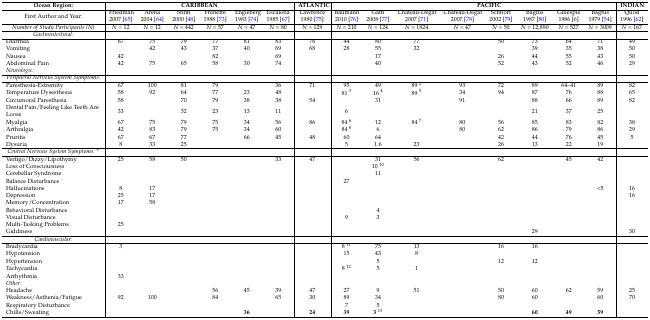
<table><thead><tr><td><b>Ocean Region:</b></td><td colspan="6"><b>CARIBBEAN</b></td><td><b>ATLANTIC</b></td><td></td><td colspan="7"><b>PACIFIC</b></td><td><b>INDIAN</b></td></tr></thead><tbody><tr><td>First Author and Year:</td><td>Friedman 2007 [65]</td><td>Arena 2004 [64]</td><td>Stinn 2000 [48]</td><td>Frenette 1988 [73]</td><td>Engleberg 1983 [74]</td><td>Escalona 1985 [67]</td><td>Lawrence 1980 [75]</td><td>Baumann 2010 [76]</td><td>Gatti 2008 [77]</td><td>Chateau-Degat 2007 [71]</td><td>Chateau-Degat 2007 [78]</td><td>Schnorf 2002 [79]</td><td>Bagnis 1987 [80]</td><td>Gillespie 1986 [6]</td><td>Bagnis 1979 [54]</td><td>Quod 1996 [62]</td></tr><tr><td><i>Number of Study Participants (N)</i></td><td><i>N</i> = 12</td><td><i>N</i> = 12</td><td><i>N</i> = 442</td><td><i>N</i> = 57</td><td><i>N</i> = 47</td><td><i>N</i> = 80</td><td><i>N</i> = 129</td><td><i>N</i> = 210</td><td><i>N</i> = 124</td><td><i>N</i> = 1824</td><td><i>N</i> = 47</td><td><i>N</i> = 50</td><td><i>N</i> = 12,890</td><td><i>N</i> = 527</td><td><i>N</i> = 3009</td><td><i>N</i> = 167</td></tr><tr><td><i>Gastrointestinal:</i></td><td></td><td></td><td></td><td></td><td></td><td></td><td></td><td></td><td></td><td></td><td></td><td></td><td></td><td></td><td></td><td></td></tr><tr><td>Diarrhea</td><td>67</td><td>75</td><td>79</td><td>77</td><td>81</td><td>83</td><td>76</td><td>44</td><td>80</td><td>77</td><td></td><td>50</td><td>73</td><td>64</td><td>71</td><td>49</td></tr><tr><td>Vomiting</td><td></td><td>42</td><td>43</td><td>37</td><td>40</td><td>69</td><td>68</td><td>28</td><td>55</td><td>32</td><td></td><td></td><td>39</td><td>35</td><td>38</td><td>50</td></tr><tr><td>Nausea</td><td>42</td><td></td><td></td><td>82</td><td></td><td>69</td><td></td><td></td><td>17</td><td></td><td></td><td>26</td><td>44</td><td>55</td><td>43</td><td>50</td></tr><tr><td>Abdominal Pain</td><td>42</td><td>75</td><td>65</td><td>58</td><td>30</td><td>74</td><td></td><td></td><td>40</td><td></td><td></td><td>52</td><td>43</td><td>52</td><td>46</td><td>29</td></tr><tr><td><i>Neurologic:</i></td><td></td><td></td><td></td><td></td><td></td><td></td><td></td><td></td><td></td><td></td><td></td><td></td><td></td><td></td><td></td><td></td></tr><tr><td><i>Peripheral Nervous System Symptoms:</i></td><td></td><td></td><td></td><td></td><td></td><td></td><td></td><td></td><td></td><td></td><td></td><td></td><td></td><td></td><td></td><td></td></tr><tr><td>Paresthesia-Extremity</td><td>67</td><td>100</td><td>81</td><td>79</td><td></td><td>36</td><td>71</td><td>95</td><td>49</td><td>89 <sup>2</sup></td><td>93</td><td>72</td><td>89</td><td>64–41</td><td>89</td><td>82</td></tr><tr><td>Temperature Dysesthesia</td><td>58</td><td>92</td><td>64</td><td>77</td><td>23</td><td>48</td><td></td><td>81 <sup>3</sup></td><td>16 <sup>4</sup></td><td>89 <sup>5</sup></td><td>34</td><td>94</td><td>87</td><td>76</td><td>88</td><td>65</td></tr><tr><td>Circumoral Paresthesia</td><td>58</td><td></td><td>70</td><td>79</td><td>38</td><td>38</td><td>54</td><td></td><td>31</td><td></td><td>91</td><td></td><td>88</td><td>66</td><td>89</td><td>82</td></tr><tr><td>Dental Pain/Feeling Like Teeth Are Loose</td><td>33</td><td></td><td>32</td><td>23</td><td>13</td><td>11</td><td></td><td>6</td><td></td><td></td><td></td><td></td><td>21</td><td>37</td><td>25</td><td></td></tr><tr><td>Myalgia</td><td>67</td><td>75</td><td>79</td><td>75</td><td>34</td><td>56</td><td>86</td><td>84 <sup>6</sup></td><td>12</td><td>84 <sup>7</sup></td><td>80</td><td>56</td><td>85</td><td>83</td><td>82</td><td>38</td></tr><tr><td>Arthralgia</td><td>42</td><td>83</td><td>79</td><td>75</td><td>34</td><td>60</td><td></td><td>84 <sup>8</sup></td><td>6</td><td></td><td>80</td><td>62</td><td>86</td><td>79</td><td>86</td><td>29</td></tr><tr><td>Pruritis</td><td>67</td><td>67</td><td>77</td><td></td><td>66</td><td>45</td><td>48</td><td>60</td><td>64</td><td></td><td></td><td>42</td><td>44</td><td>76</td><td>45</td><td>5</td></tr><tr><td>Dysuria</td><td>8</td><td>33</td><td>25</td><td></td><td></td><td></td><td></td><td>5</td><td>1.6</td><td>23</td><td></td><td>26</td><td>13</td><td>22</td><td>19</td><td></td></tr><tr><td><i>Central Nervous System Symptoms:</i><sup>9</sup></td><td></td><td></td><td></td><td></td><td></td><td></td><td></td><td></td><td></td><td></td><td></td><td></td><td></td><td></td><td></td><td></td></tr><tr><td>Vertigo/Dizzy/Lipothymy</td><td>25</td><td>58</td><td>50</td><td></td><td></td><td>33</td><td>47</td><td></td><td>31</td><td>56</td><td></td><td>62</td><td></td><td>45</td><td>42</td><td></td></tr><tr><td>Loss of Consciousness</td><td></td><td></td><td></td><td></td><td></td><td></td><td></td><td></td><td>10 <sup>10</sup></td><td></td><td></td><td></td><td></td><td></td><td></td><td></td></tr><tr><td>Cerebellar Syndrome</td><td></td><td></td><td></td><td></td><td></td><td></td><td></td><td></td><td>11</td><td></td><td></td><td></td><td></td><td></td><td></td><td></td></tr><tr><td>Balance Disturbance</td><td></td><td></td><td></td><td></td><td></td><td></td><td></td><td>27</td><td></td><td></td><td></td><td></td><td></td><td></td><td></td><td></td></tr><tr><td>Hallucinations</td><td>8</td><td>17</td><td></td><td></td><td></td><td></td><td></td><td></td><td></td><td></td><td></td><td></td><td></td><td></td><td>&lt;5</td><td>16</td></tr><tr><td>Depression</td><td>25</td><td>17</td><td></td><td></td><td></td><td></td><td></td><td></td><td></td><td></td><td></td><td></td><td></td><td></td><td></td><td>16</td></tr><tr><td>Memory/Concentration</td><td>17</td><td>58</td><td></td><td></td><td></td><td></td><td></td><td></td><td></td><td></td><td></td><td></td><td></td><td></td><td></td><td></td></tr><tr><td>Behavioral Disturbance</td><td></td><td></td><td></td><td></td><td></td><td></td><td></td><td></td><td>4</td><td></td><td></td><td></td><td></td><td></td><td></td><td></td></tr><tr><td>Visual Disturbance</td><td></td><td></td><td></td><td></td><td></td><td></td><td></td><td>9</td><td>3</td><td></td><td></td><td></td><td></td><td></td><td></td><td></td></tr><tr><td>Multi-Tasking Problems</td><td>25</td><td></td><td></td><td></td><td></td><td></td><td></td><td></td><td></td><td></td><td></td><td></td><td></td><td></td><td></td><td></td></tr><tr><td>Giddiness</td><td></td><td></td><td></td><td></td><td></td><td></td><td></td><td></td><td></td><td></td><td></td><td></td><td>29</td><td></td><td></td><td>30</td></tr><tr><td><i>Cardiovascular:</i></td><td></td><td></td><td></td><td></td><td></td><td></td><td></td><td></td><td></td><td></td><td></td><td></td><td></td><td></td><td></td><td></td></tr><tr><td>Bradycardia</td><td>3</td><td></td><td></td><td></td><td></td><td></td><td></td><td>8 <sup>11</sup></td><td>75</td><td>13</td><td></td><td>16</td><td>16</td><td></td><td></td><td></td></tr><tr><td>Hypotension</td><td></td><td></td><td></td><td></td><td></td><td></td><td></td><td>15</td><td>43</td><td>8</td><td></td><td></td><td></td><td></td><td></td><td></td></tr><tr><td>Hypertension</td><td></td><td></td><td></td><td></td><td></td><td></td><td></td><td></td><td>5</td><td></td><td></td><td>12</td><td>12</td><td></td><td></td><td></td></tr><tr><td>Tachycardia</td><td></td><td></td><td></td><td></td><td></td><td></td><td></td><td>8 <sup>12</sup></td><td>5</td><td>1</td><td></td><td></td><td></td><td></td><td></td><td></td></tr><tr><td>Arrhythmia</td><td>33</td><td></td><td></td><td></td><td></td><td></td><td></td><td></td><td></td><td></td><td></td><td></td><td></td><td></td><td></td><td></td></tr><tr><td><i>Other: </i></td><td></td><td></td><td></td><td></td><td></td><td></td><td></td><td></td><td></td><td></td><td></td><td></td><td></td><td></td><td></td><td></td></tr><tr><td>Headache</td><td></td><td></td><td></td><td>56</td><td>45</td><td>39</td><td>47</td><td>27</td><td>9</td><td>51</td><td></td><td>50</td><td>60</td><td>62</td><td>59</td><td>25</td></tr><tr><td>Weakness/Asthenia/Fatigue</td><td>92</td><td>100</td><td></td><td>84</td><td></td><td>65</td><td>30</td><td>89</td><td>34</td><td></td><td></td><td>80</td><td>60</td><td></td><td>60</td><td>70</td></tr><tr><td>Respiratory Disturbance</td><td></td><td></td><td></td><td></td><td></td><td></td><td></td><td>7</td><td>5</td><td></td><td></td><td></td><td></td><td></td><td></td><td></td></tr><tr><td>Chills/Sweating</td><td></td><td></td><td></td><td></td><td><b>36</b></td><td></td><td><b>24</b></td><td><b>39</b></td><td><b>3</b><sup>13</sup></td><td></td><td></td><td></td><td><b>60</b></td><td><b>49</b></td><td><b>59</b></td><td></td></tr></tbody></table>